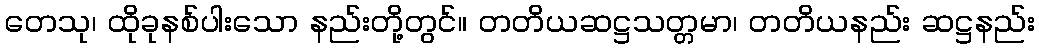
တေသု၊ ထိုခုနစ်ပါးသော နည်းတို့တွင်။ တတိယဆဋ္ဌသတ္တမာ၊ တတိယနည်း ဆဋ္ဌနည်း